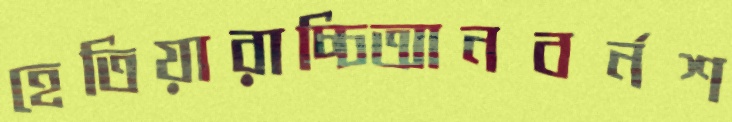
হেতিয়ারাচ্চিআনবর্নশ